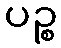
ပဉ္စ